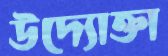
উদ্যোক্তা